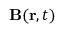
\mathbf { B } ( \mathbf { r } , t )